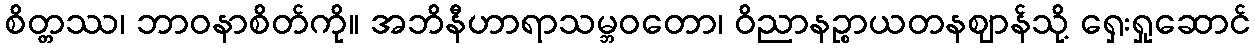
စိတ္တဿ၊ ဘာဝနာစိတ်ကို။ အဘိနီဟာရာသမ္ဘဝတော၊ ဝိညာနဉ္စာယတနဈာန်သို့ ရှေးရှုဆောင်